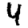
Digit: 4